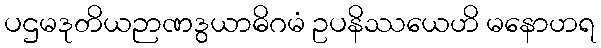
ပဌမဒုတိယဉာဏဒွယာဓိဂမံ ဥပနိဿယေဟိ မနောဟရ